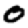
Digit: 0